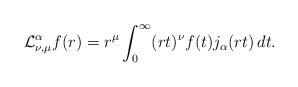
LaTeX: \begin{align*}\mathcal{L}^\alpha_{\nu,\mu}f(r) =r^\mu \int_0^\infty (rt)^\nu f(t) j_\alpha(rt)\, dt.\end{align*}